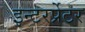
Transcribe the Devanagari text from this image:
इन्टरर्प्रेटर